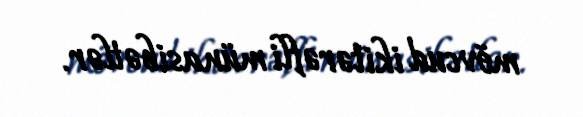
mövcud ikitərəfli münasibətlər.